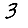
Digit: 3